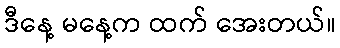
ဒီနေ့ မနေ့က ထက် အေးတယ်။